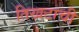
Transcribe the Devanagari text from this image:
तिखटाची